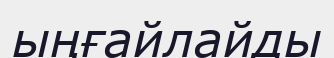
ыңғайлайды